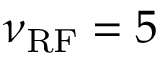
\nu _ { \mathrm { R F } } = 5